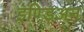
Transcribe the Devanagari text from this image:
इण्डिअन